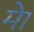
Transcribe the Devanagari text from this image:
मेा